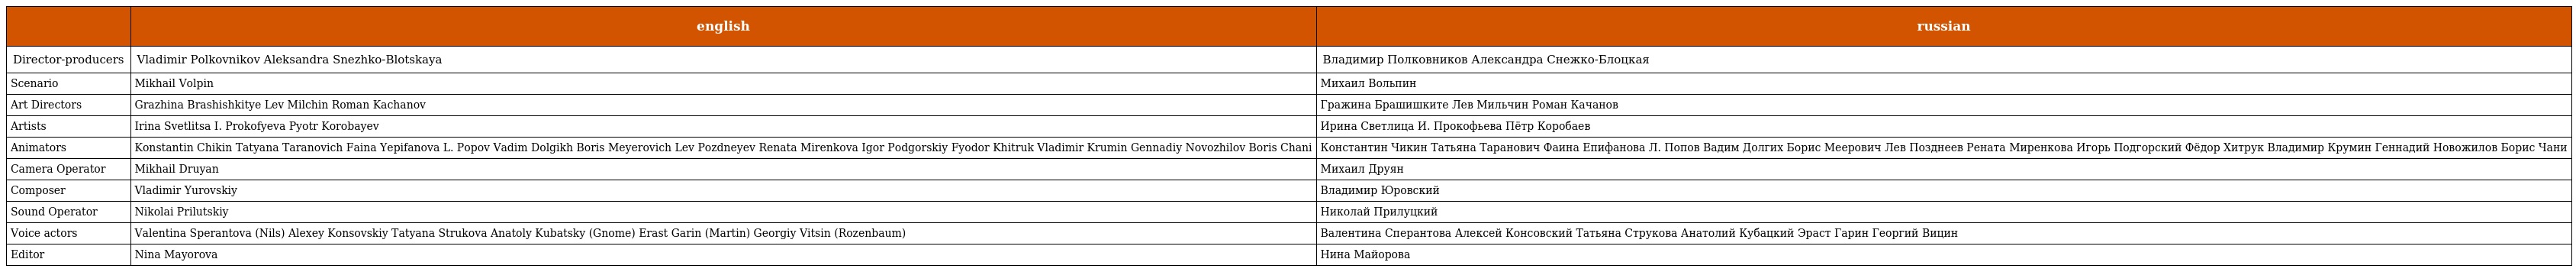
|  | english | russian |
 | --- | --- | --- |
 | Director-producers | Vladimir Polkovnikov Aleksandra Snezhko-Blotskaya | Владимир Полковников Александра Снежко-Блоцкая |
 | Scenario | Mikhail Volpin | Михаил Вольпин |
 | Art Directors | Grazhina Brashishkitye Lev Milchin Roman Kachanov | Гражина Брашишките Лев Мильчин Роман Качанов |
 | Artists | Irina Svetlitsa I. Prokofyeva Pyotr Korobayev | Ирина Светлица И. Прокофьева Пётр Коробаев |
 | Animators | Konstantin Chikin Tatyana Taranovich Faina Yepifanova L. Popov Vadim Dolgikh Boris Meyerovich Lev Pozdneyev Renata Mirenkova Igor Podgorskiy Fyodor Khitruk Vladimir Krumin Gennadiy Novozhilov Boris Chani | Константин Чикин Татьяна Таранович Фаина Епифанова Л. Попов Вадим Долгих Борис Меерович Лев Позднеев Рената Миренкова Игорь Подгорский Фёдор Хитрук Владимир Крумин Геннадий Новожилов Борис Чани |
 | Camera Operator | Mikhail Druyan | Михаил Друян |
 | Composer | Vladimir Yurovskiy | Владимир Юровский |
 | Sound Operator | Nikolai Prilutskiy | Николай Прилуцкий |
 | Voice actors | Valentina Sperantova (Nils) Alexey Konsovskiy Tatyana Strukova Anatoly Kubatsky (Gnome) Erast Garin (Martin) Georgiy Vitsin (Rozenbaum) | Валентина Сперантова Алексей Консовский Татьяна Струкова Анатолий Кубацкий Эраст Гарин Георгий Вицин |
 | Editor | Nina Mayorova | Нина Майорова |